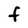
Character: F